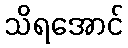
သိရအောင်